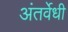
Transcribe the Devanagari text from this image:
अंतर्वेधी